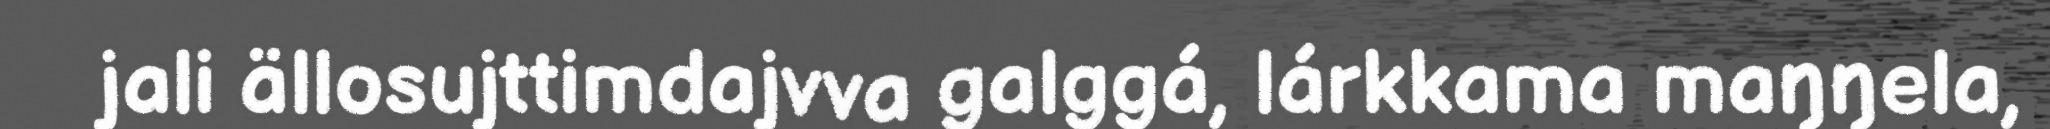
jali ällosujttimdajvva galggá, lárkkama maŋŋela,